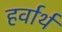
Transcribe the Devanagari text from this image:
हर्वार्थ